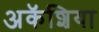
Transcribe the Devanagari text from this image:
अकॅशिया